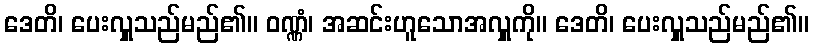
ဒေတိ၊ ပေးလှူသည်မည်၏။ ဝဏ္ဏံ၊ အဆင်းဟူသောအလှူကို။ ဒေတိ၊ ပေးလှူသည်မည်၏။